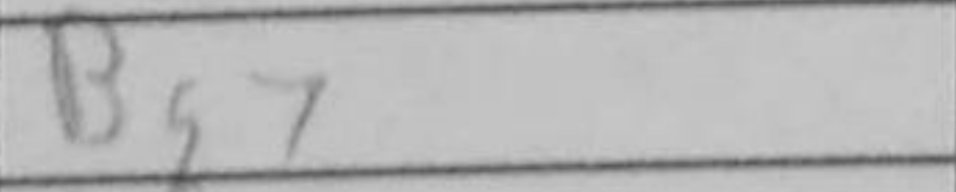
Transcription: Bg7